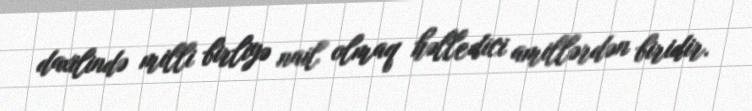
daxilində milli birliyə nail olmaq həlledici amillərdən biridir.